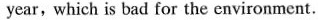
year,which is bad for the environment.